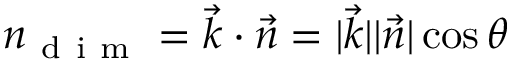
n _ { \mathrm { ~ d ~ i ~ m ~ } } = \vec { k } \cdot \vec { n } = \vert \vec { k } \vert \vert \vec { n } \vert \cos \theta